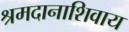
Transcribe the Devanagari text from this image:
श्रमदानाशिवाय